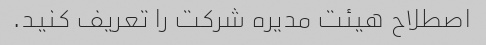
اصطلاح هیئت مدیره شرکت را تعریف کنید.